Annual report of the Punjab Veterinary College and of the Civil Veterinary Department, Punjab - 1894-1908
Year: 1894
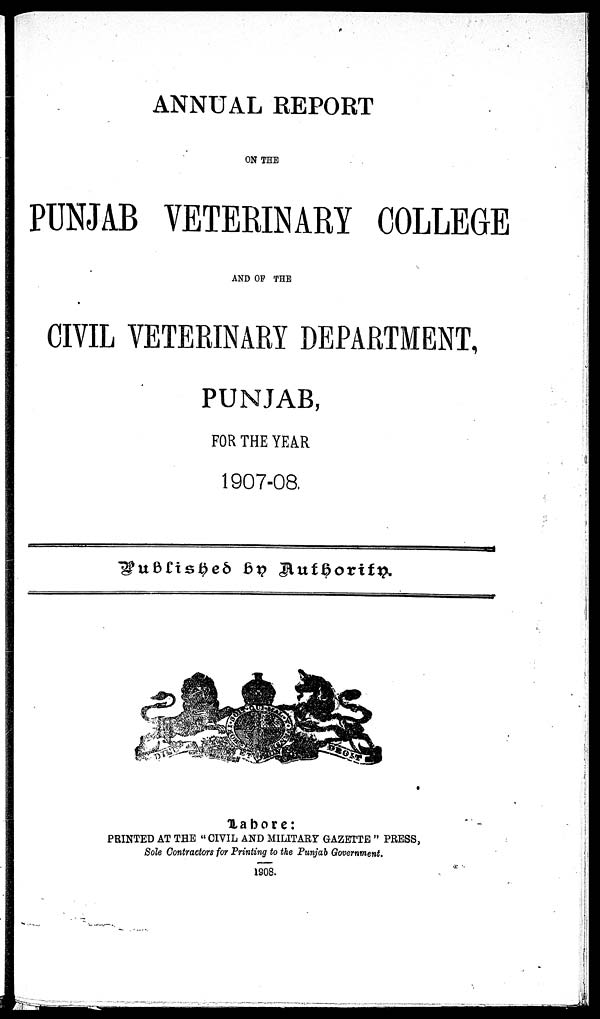
ANNUAL REPORT
ON THE
PUNJAB VETERINARY COLLEGE
AND OF THE
CIVIL VETERINARY DEPARTMENT,
PUNJAB,
FOR THE YEAR
1907-08.
Published by Authority.
Lahore:
PRINTED AT THE "CIVIL AND MILITARY GAZETTE" PRESS,
Sole Contractors for Printing to the Punjab Government.
1908.